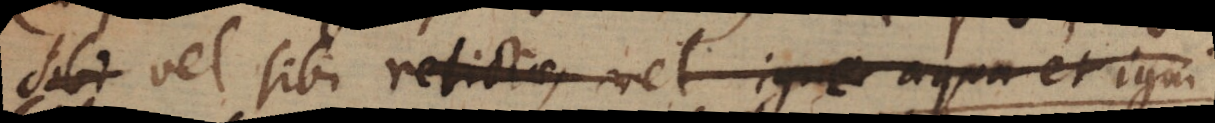
sibi vel sibi relictae vel igne aqua et igni